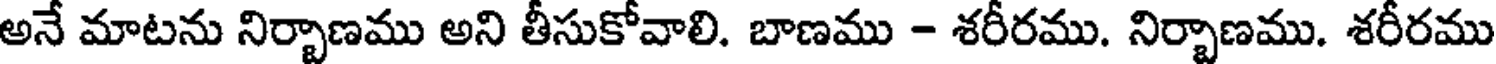
అనే మాటను నిర్బాణము అని తీసుకోవాలి. బాణము - శరీరము. నిర్బాణము. శరీరము